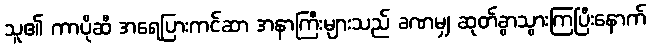
သူ၏ ကာပိုဆီ အရေပြားကင်ဆာ အနာကြီးများသည် ခဏမျှ ဆုတ်ခွာသွားကြပြီးနောက်